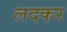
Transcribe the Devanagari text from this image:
लदकर